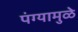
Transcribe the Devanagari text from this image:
पंग्यामुळे